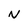
Character: N